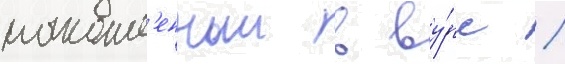
накопл'енныи в ву́рс /